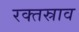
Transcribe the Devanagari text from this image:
रक्‍तस्राव